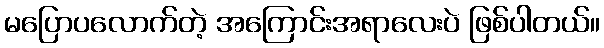
မပြောပလောက်တဲ့ အကြောင်းအရာလေးပဲ ဖြစ်ပါတယ်။